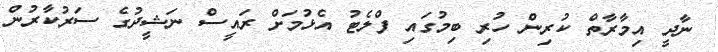
ނާދީ އިމާރާތް ކުރިން ހުރި ބިމުގައި ފްލެޓު އެޅުމަށް ރައީސް ނަޝީދުގެ ސަރުކާރުން